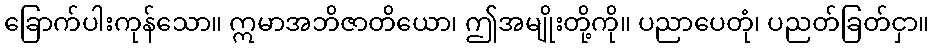
ခြောက်ပါးကုန်သော။ ဣမာအဘိဇာတိယော၊ ဤအမျိုးတို့ကို။ ပညာပေတုံ၊ ပညတ်ခြတ်ငှာ။